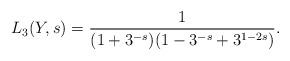
LaTeX: \begin{align*} L_3(Y,s) = \frac{1}{(1+3^{-s})(1-3^{-s}+3^{1-2s})}. \end{align*}